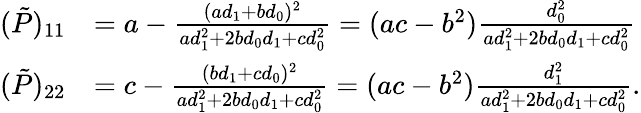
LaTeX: \begin{array}{rl}{(\tilde{P})_{11}}&{=a-\frac{(ad_{1}+bd_{0})^{2}}{ad_{1}^{2}+2bd_{0}d_{1}+cd_{0}^{2}}=(ac-b^{2})\frac{d_{0}^{2}}{ad_{1}^{2}+2bd_{0}d_{1}+cd_{0}^{2}}}\\ {(\tilde{P})_{22}}&{=c-\frac{(bd_{1}+cd_{0})^{2}}{ad_{1}^{2}+2bd_{0}d_{1}+cd_{0}^{2}}=(ac-b^{2})\frac{d_{1}^{2}}{ad_{1}^{2}+2bd_{0}d_{1}+cd_{0}^{2}}.}\end{array}